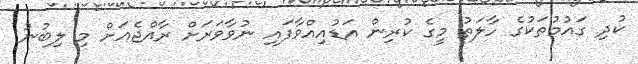
ކުދި ގައުމުތަކުގެ ހާލަތު މީގެ ކުރިން އަޑުއިއްވާފައި ނުވާވަރަށް ރާއްޖެއަށް މި ލިބުނު